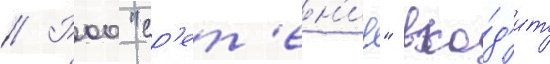
// Роо "ср'ет'ен'ие" вхо́д'ит